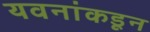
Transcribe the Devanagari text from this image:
यवनांकडून